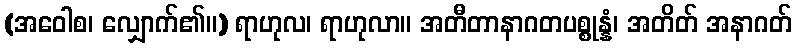
(အဝေါစ၊ လျှောက်၏။) ရာဟုလ၊ ရာဟုလာ။ အတီတာနာဂတပစ္စုန္နံ၊ အတိတ် အနာဂတ်